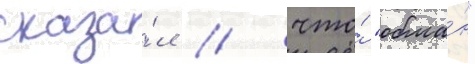
сказа́л / что́ "обма́н"